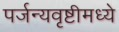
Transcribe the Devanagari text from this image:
पर्जन्यवृष्टीमध्ये